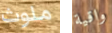
ملوث واقية